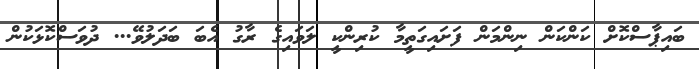
ބައިޕާސްކޮށް ކަންކަން ނިންމަން ފަށައިގަތީމާ ކުރިންކީ ލަވައިގެ ރާގު އެބަ ބަދަލުވޭ... ދުވަސްކޮޅަކުން